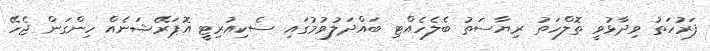
ފަރުހަތު ވިދާޅުވީ ތޮލްހަތު ރިޔާސަތު ބެލެހެއްޓި ބައްދަލުވުމުގައި ސެކިއުރިޓީ އޮޕަރޭޝަނެއް ހިންގަން ޖެހޭ